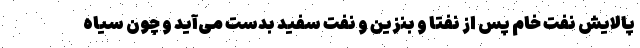
پالایش نفت خام پس از نفتا و بنزین و نفت سفید بدست می‌آید و چون سیاه